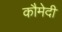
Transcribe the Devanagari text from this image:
कौमेदी